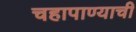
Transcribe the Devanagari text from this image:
चहापाण्याची